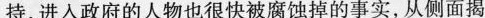
持，进入政府的人物也很快被腐蚀掉的事实，从侧面揭